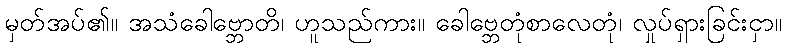
မှတ်အပ်၏။ အသံခေါဗ္ဘောတိ၊ ဟူသည်ကား။ ခေါဗ္ဘေတုံစာလေတုံ၊ လှုပ်ရှားခြင်းငှာ။